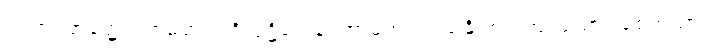
အကြင်အခါ၌။ ကာမရာဂပရိယုဋ္ဌိတေန၊ ကာမရာဂသည်နှိပ်စက်အပ်သော။ စေတသာ၊